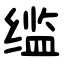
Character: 䍀